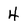
Character: 4